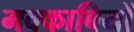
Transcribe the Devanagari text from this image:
मक्काबियों